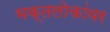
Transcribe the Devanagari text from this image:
भक्तलोकांवर